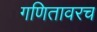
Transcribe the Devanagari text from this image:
गणितावरच